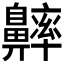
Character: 𪖶